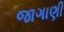
જાગાણી